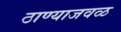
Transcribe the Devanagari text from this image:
ठाण्याजवळ